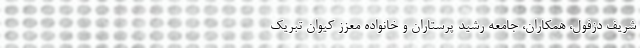
شریف دزفول، همکاران، جامعه رشید پرستاران و خانواده معزز کیوان تبریک